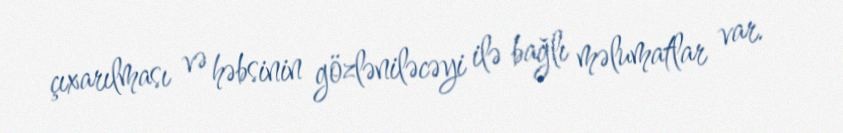
çıxarılması və həbsinin gözləniləcəyi ilə bağlı məlumatlar var.